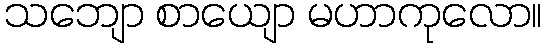
သဘျော စာယျော မဟာကုလော။